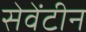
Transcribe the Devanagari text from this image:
सेवेंटीन